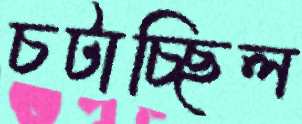
চটাচ্ছিল